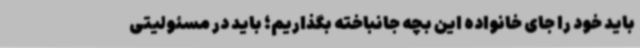
باید خود را جای خانواده این بچه جانباخته بگذاریم؛ باید در مسئولیتی